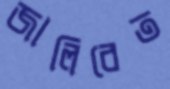
জালিবেত